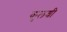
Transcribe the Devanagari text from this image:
कुलश्री